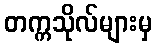
တက္ကသိုလ်များမှ